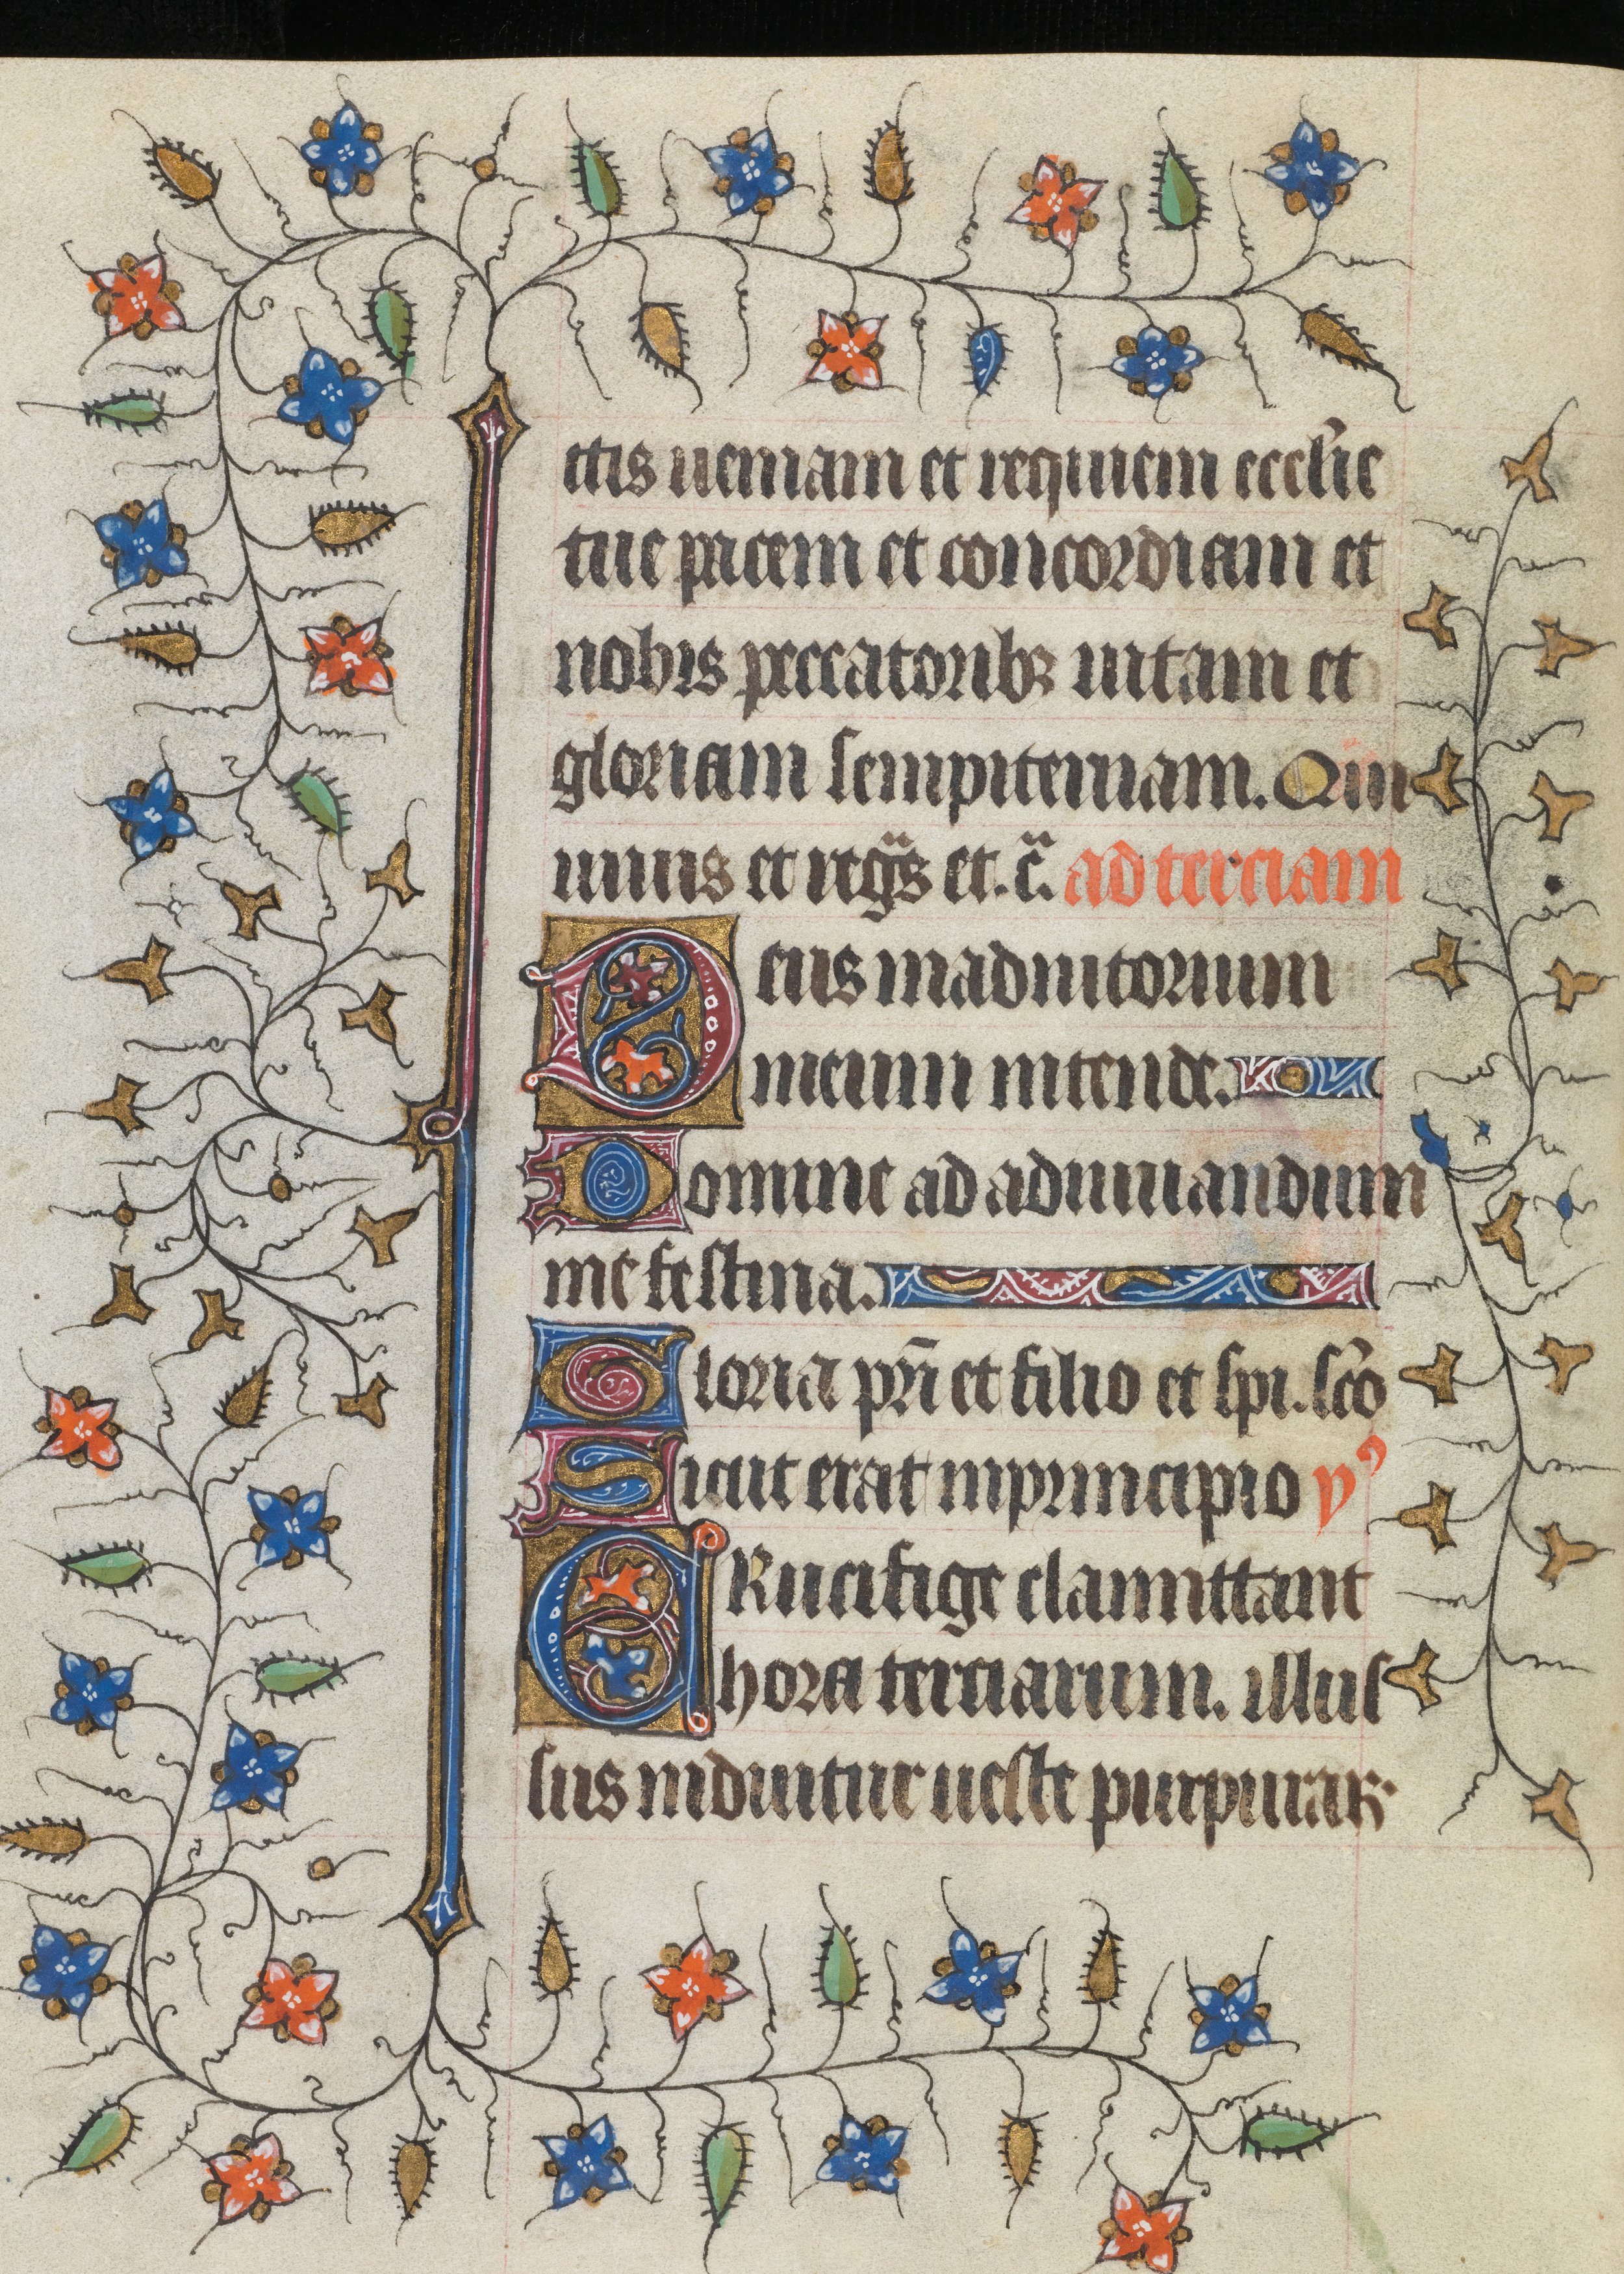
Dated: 1421–1421